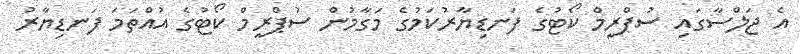
އެ ޖަލްސާގައި ސުޕްރީމް ކޯޓުގެ ފަނޑިޔާރުކަމުގެ މަގާމުން ސުޕްރީމް ކޯޓުގެ އުއްތަމަ ފަނޑިޔާރު